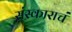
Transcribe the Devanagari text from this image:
संस्काराचं